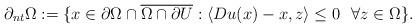
LaTeX: \begin{align*}\partial_{nt}\Omega:=\{x\in \partial\Omega\cap\overline{\Omega\cap\partial U} : \langle Du(x)-x, z \rangle \leq 0\ \ \forall z\in \Omega\}.\end{align*}